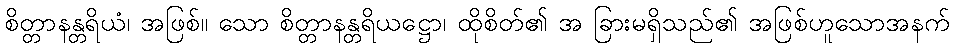
စိတ္တာနန္တရိယံ၊ အဖြစ်။ သော စိတ္တာနန္တရိယဋ္ဌော၊ ထိုစိတ်၏ အ ခြားမရှိသည်၏ အဖြစ်ဟူသောအနက်